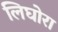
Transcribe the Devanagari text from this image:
लिघोरा